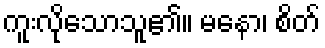
ကူးလိုသောသူ၏။ မနော၊ စိတ်